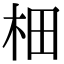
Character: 𣐬